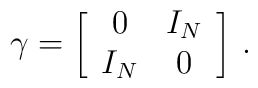
\gamma = \biggl[ \begin{array}{cc} 0 & I_N \\ I_N & 0 \end{array} \biggr]\ .